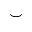
\smile